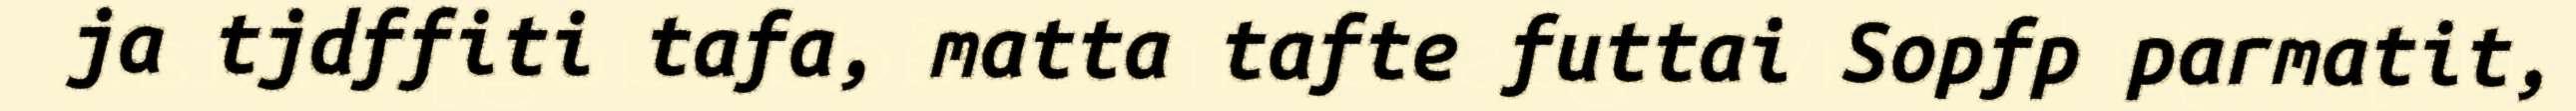
ja tjdffiti tafa, matta tafte futtai Sopfp parmatit,